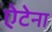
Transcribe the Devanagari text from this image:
ऐटेना